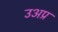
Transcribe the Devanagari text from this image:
उअप्र